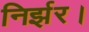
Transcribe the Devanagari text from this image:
निर्झर।